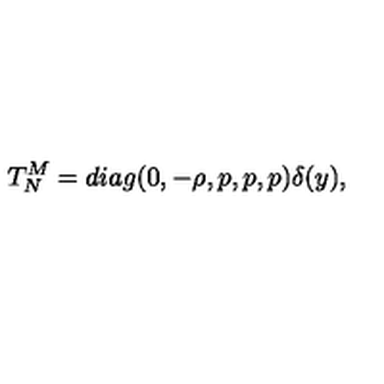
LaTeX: T _ { N } ^ { M } = d i a g ( 0 , - \rho , p , p , p ) \delta ( y ) ,